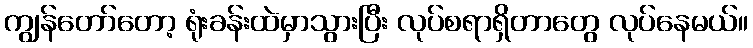
ကျွန်တော်တော့ ရုံးခန်းထဲမှာသွားပြီး လုပ်စရာရှိတာတွေ လုပ်နေမယ်။